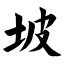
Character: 坡